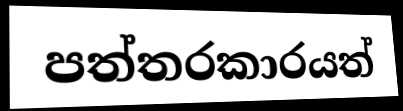
පත්තරකාරයත්